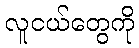
လူငယ်တွေကို